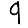
Digit: 9